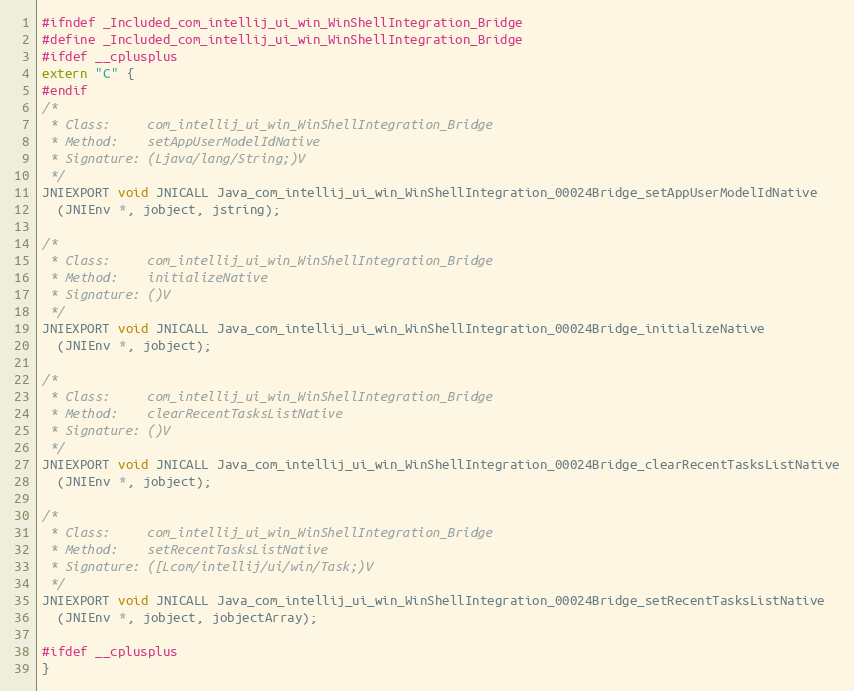
Language: C
#ifndef _Included_com_intellij_ui_win_WinShellIntegration_Bridge
#define _Included_com_intellij_ui_win_WinShellIntegration_Bridge
#ifdef __cplusplus
extern "C" {
#endif
/*
 * Class:     com_intellij_ui_win_WinShellIntegration_Bridge
 * Method:    setAppUserModelIdNative
 * Signature: (Ljava/lang/String;)V
 */
JNIEXPORT void JNICALL Java_com_intellij_ui_win_WinShellIntegration_00024Bridge_setAppUserModelIdNative
  (JNIEnv *, jobject, jstring);

/*
 * Class:     com_intellij_ui_win_WinShellIntegration_Bridge
 * Method:    initializeNative
 * Signature: ()V
 */
JNIEXPORT void JNICALL Java_com_intellij_ui_win_WinShellIntegration_00024Bridge_initializeNative
  (JNIEnv *, jobject);

/*
 * Class:     com_intellij_ui_win_WinShellIntegration_Bridge
 * Method:    clearRecentTasksListNative
 * Signature: ()V
 */
JNIEXPORT void JNICALL Java_com_intellij_ui_win_WinShellIntegration_00024Bridge_clearRecentTasksListNative
  (JNIEnv *, jobject);

/*
 * Class:     com_intellij_ui_win_WinShellIntegration_Bridge
 * Method:    setRecentTasksListNative
 * Signature: ([Lcom/intellij/ui/win/Task;)V
 */
JNIEXPORT void JNICALL Java_com_intellij_ui_win_WinShellIntegration_00024Bridge_setRecentTasksListNative
  (JNIEnv *, jobject, jobjectArray);

#ifdef __cplusplus
}